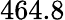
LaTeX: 464.8